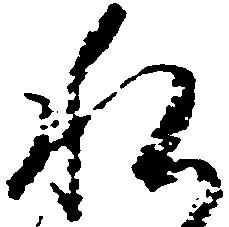
私